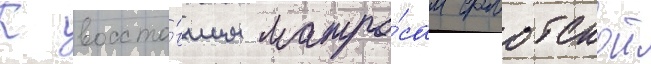
К восста́вшим матро́сам флотскои